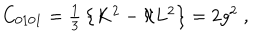
C _ { 0 1 0 1 } = \textstyle { \frac { 1 } { 3 } } \left\{ K ^ { 2 } - \aleph L ^ { 2 } \right\} = 2 g ^ { 2 } \; ,